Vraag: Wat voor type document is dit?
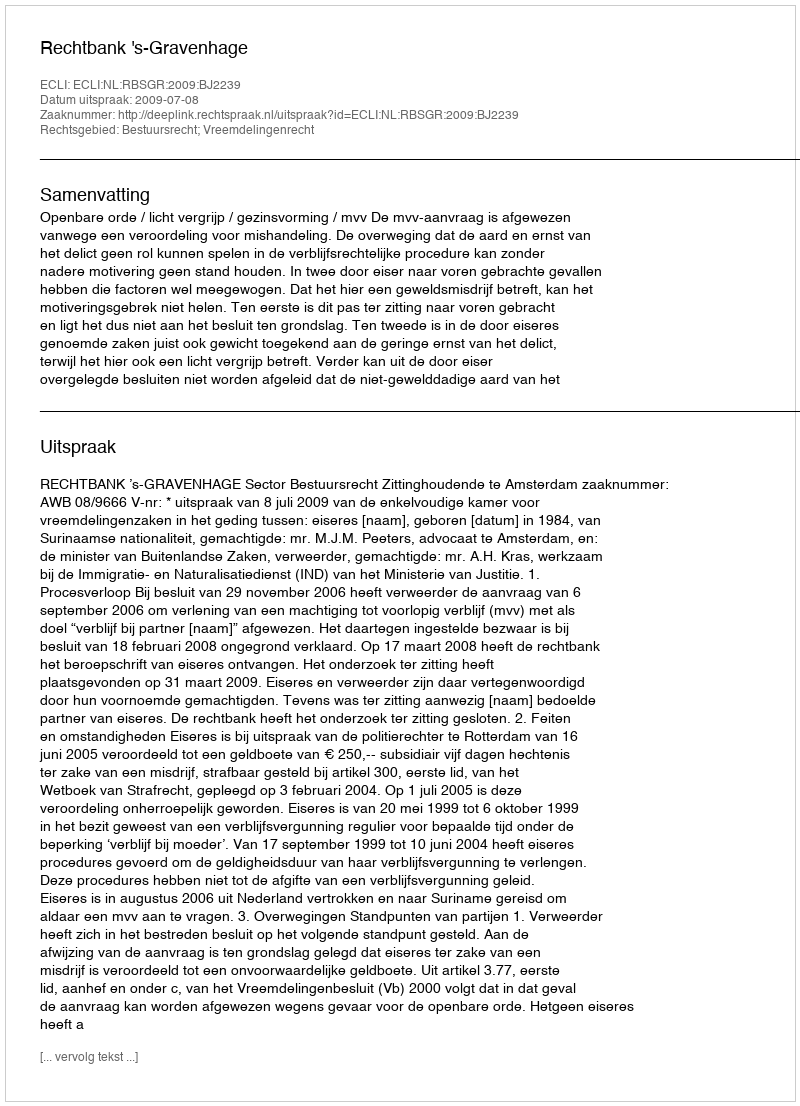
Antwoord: Uitspraak